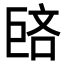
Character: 𪩥